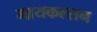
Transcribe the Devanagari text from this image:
मायकल्सन